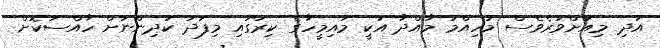
އަދި މިއަށްވުރެވެސް މުހިއްމު މާއްދާ އަކީ މައިމީހާގެ ކިރުގައި މިފަދަ ކުދިންނަށް ހާއްސަކޮށް